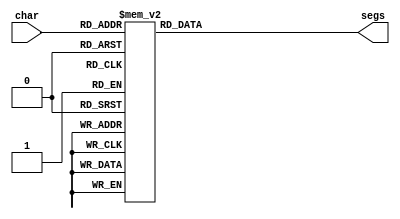
/*
   This file was generated automatically by Alchitry Labs version 1.2.1.
   Do not edit this file directly. Instead edit the original Lucid source.
   This is a temporary file and any changes made to it will be destroyed.
*/

module seven_seg_11 (
    input [4:0] char,
    output reg [7:0] segs
  );
  
  
  
  always @* begin
    
    case (char)
      8'h00: begin
        segs = 8'hc0;
      end
      8'h01: begin
        segs = 8'hf9;
      end
      8'h02: begin
        segs = 8'ha4;
      end
      8'h03: begin
        segs = 8'hb0;
      end
      8'h04: begin
        segs = 8'h99;
      end
      8'h05: begin
        segs = 8'h92;
      end
      8'h06: begin
        segs = 8'h82;
      end
      8'h07: begin
        segs = 8'hf8;
      end
      8'h08: begin
        segs = 8'h80;
      end
      8'h09: begin
        segs = 8'h90;
      end
      8'h0a: begin
        segs = 8'h88;
      end
      8'h0b: begin
        segs = 8'h83;
      end
      8'h0c: begin
        segs = 8'hc6;
      end
      8'h0d: begin
        segs = 8'ha1;
      end
      8'h0e: begin
        segs = 8'h86;
      end
      8'h0f: begin
        segs = 8'h8e;
      end
      8'h10: begin
        segs = 8'haf;
      end
      8'h11: begin
        segs = 8'he3;
      end
      8'h12: begin
        segs = 8'h87;
      end
      8'h13: begin
        segs = 8'h89;
      end
      default: begin
        segs = 8'hff;
      end
    endcase
  end
endmodule